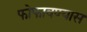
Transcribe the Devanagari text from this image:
फोफावण्यास